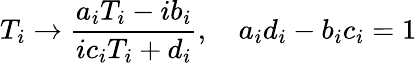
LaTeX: T_{i}\rightarrow\frac{a_{i}T_{i}-ib_{i}}{ic_{i}T_{i}+d_{i}},\, \, \, \, \, \, a_{i}d_{i}-b_{i}c_{i}=1